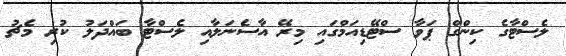
ލެސްޓާގެ ކިންގް ޕަވާ ސްޓޭޑިއަމްގައި މިރޭ އާސެނަލާއި ލެސްޓާ ބައްދަލު ކުރި މެޗު